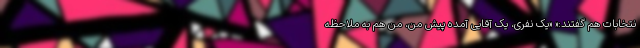
نتخابات هم گفتند:« «یک نفری، یک آقایی آمده پیش من، من هم به ملاحظه‌